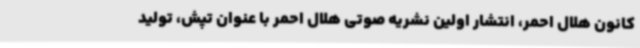
کانون هلال احمر، انتشار اولین نشریه صوتی هلال احمر با عنوان تپش، تولید